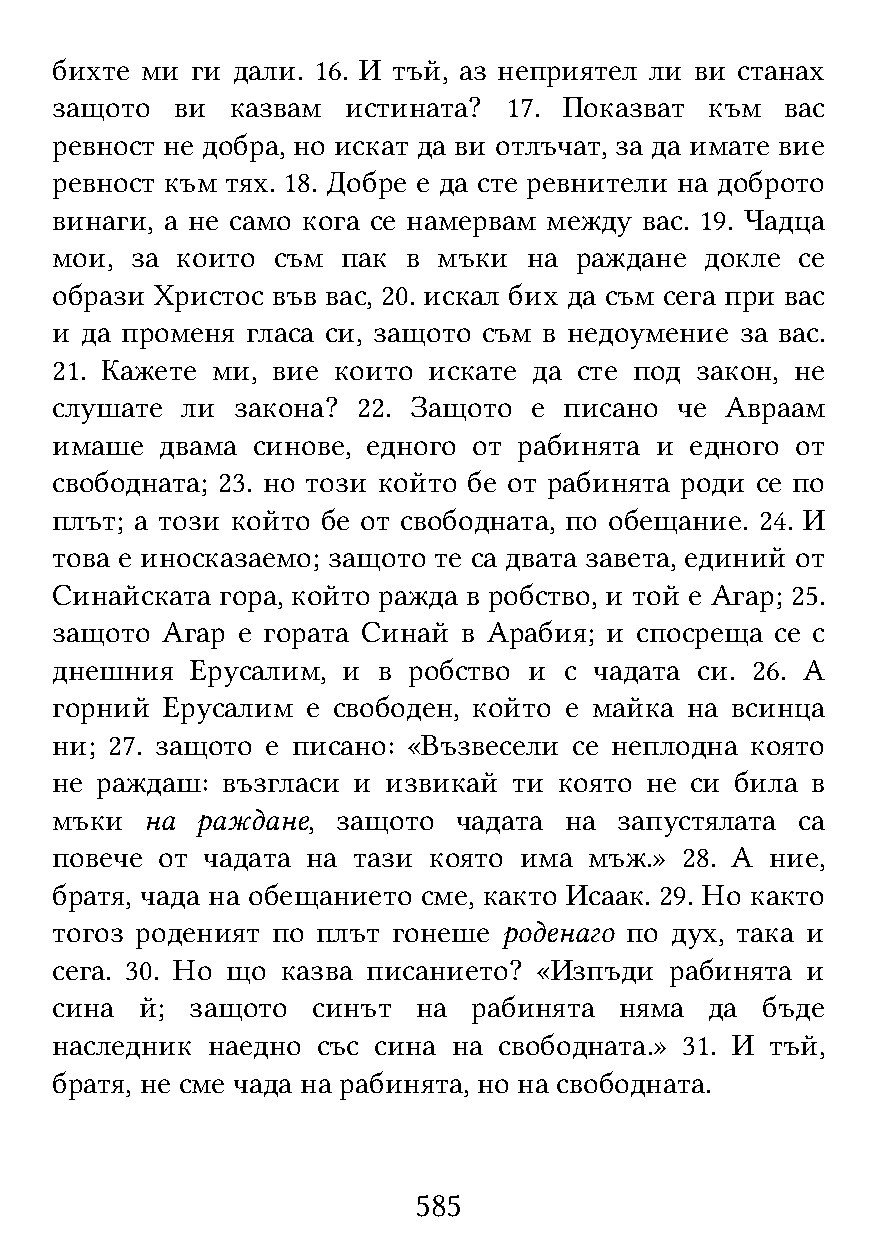
бихте ми  ги дали. 16. И тъй, аз неприятел ли ви станах
 защото  ви  казвам  истината? 17. Показват  към  вас
 ревност не добра, но искат да ви отлъчат, за да имате вие
 ревност към тях. 18. Добре е да сте ревнители на доброто
 винаги, а не само кога се намервам между вас. 19. Чадца
 мои,  за които съм  пак в мъки  на раждане  докле се
 образи Христос във вас, 20. искал бих да съм сега при вас
 и да променя гласа си, защото съм в недоумение за вас.
 21. Кажете ми, вие които искате да сте под закон, не
 слушате  ли закона?  22. Защото е писано  че Авраам
 имаше   двама синове, едного от рабинята и едного от
 свободната; 23. но този който бе от рабинята роди се по
 плът; а този който бе от свободната, по обещание. 24. И
 това е иносказаемо; защото те са двата завета, единий от
 Синайската  гора, който ражда в робство, и той е Агар; 25.
 защото  Агар е гората Синай в Арабия; и спосреща се с
 днешния   Ерусалим, и в робство и с чадата си. 26. А
 горний  Ерусалим е свободен, който е майка на всинца
 ни; 27. защото е писано: «Възвесели се неплодна която
 не раждаш:  възгласи и извикай ти която не си била в
 мъки   на раждане, защото  чадата на  запустялата са
 повече от чадата на тази която има  мъж.» 28. А ние,
 братя, чада на обещанието сме, както Исаак. 29. Но както
 тогоз роденият по плът гонеше роденаго по дух, така и
 сега. 30. Но що казва писанието? «Изпъди рабинята и
 сина  й;  защото  синът  на рабинята  няма  да бъде
 наследник  наедно със сина на свободната.» 31. И тъй,
 братя, не сме чада на рабинята, но на свободната.
 585